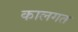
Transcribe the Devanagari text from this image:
कालगत